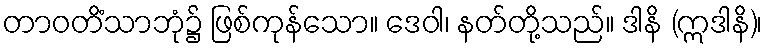
တာဝတိံသာဘုံ၌ ဖြစ်ကုန်သော။ ဒေဝါ၊ နတ်တို့သည်။ ဒါနိ (ဣဒါနိ)၊